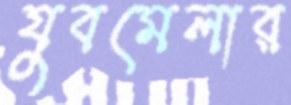
যুবমেলার